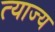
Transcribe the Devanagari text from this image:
त्‍याज्‍य